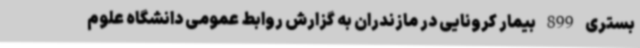
بستری 899 بیمار کرونایی در مازندران به گزارش روابط عمومی دانشگاه علوم